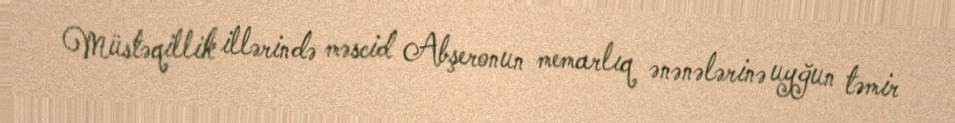
Müstəqillik illərində məscid Abşeronun memarlıq ənənələrinə uyğun təmir